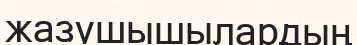
жазушышылардың